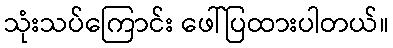
သုံးသပ်ကြောင်း ဖေါ်ပြထားပါတယ်။